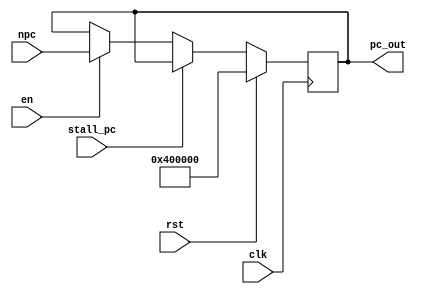
module PC (
    input                   [ 0 : 0]            clk,
    input                   [ 0 : 0]            rst,
    input                   [ 0 : 0]            en,
    input                   [31 : 0]            npc,
    input                   [ 0 : 0]            stall_pc,

    output                  [31 : 0]            pc_out
);
reg [31:0] pc;
always @(posedge clk) begin
    if(rst)
        pc<=32'h00400000;
    else if(stall_pc)
        pc<=pc_out;
    else if(en)
        pc<=npc;
end

assign pc_out=pc;

endmodule